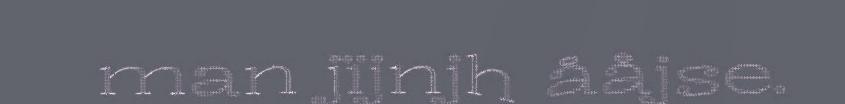
man jïjnjh ååjse.